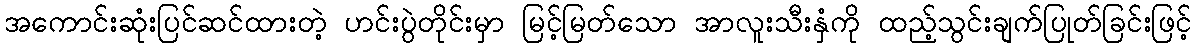
အကောင်းဆုံးပြင်ဆင်ထားတဲ့ ဟင်းပွဲတိုင်းမှာ မြင့်မြတ်သော အာလူးသီးနှံကို ထည့်သွင်းချက်ပြုတ်ခြင်းဖြင့်